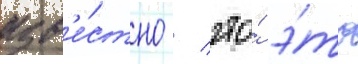
изв'е́стно / что́ э́то